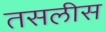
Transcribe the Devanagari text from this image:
तसलीस